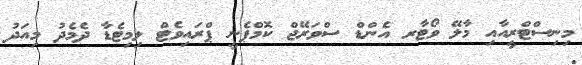
މިނިސްޓްރީއާއި މާލޭ ވޯޓާރ އެންޑް ސްވަރޭޖް ކޮމްޕެނީ ޕްރައިވެޓް ލިމިޓެޑާ ދެމެދު މިއަދު